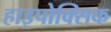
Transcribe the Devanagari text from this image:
हाइपोक्सिक